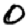
Digit: 0